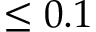
\leq 0 . 1